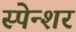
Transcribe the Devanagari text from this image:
स्पेन्शर